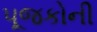
પૂજકોની